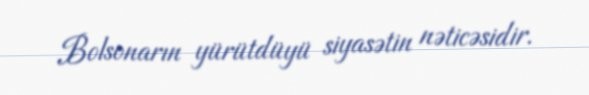
Bolsonarın yürütdüyü siyasətin nəticəsidir.